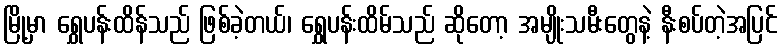
မြို့မှာ ရွှေပန်းထိန်သည် ဖြစ်ခဲ့တယ်၊ ရွှေပန်းထိမ်သည် ဆိုတော့ အမျိုးသမီးတွေနဲ့ နီးစပ်တဲ့အပြင်